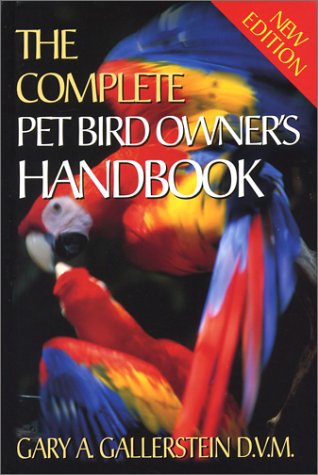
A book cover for The Complete Pet Bird Owner's Handbook; Gary A. Gallerstein; Crafts, Hobbies & Home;